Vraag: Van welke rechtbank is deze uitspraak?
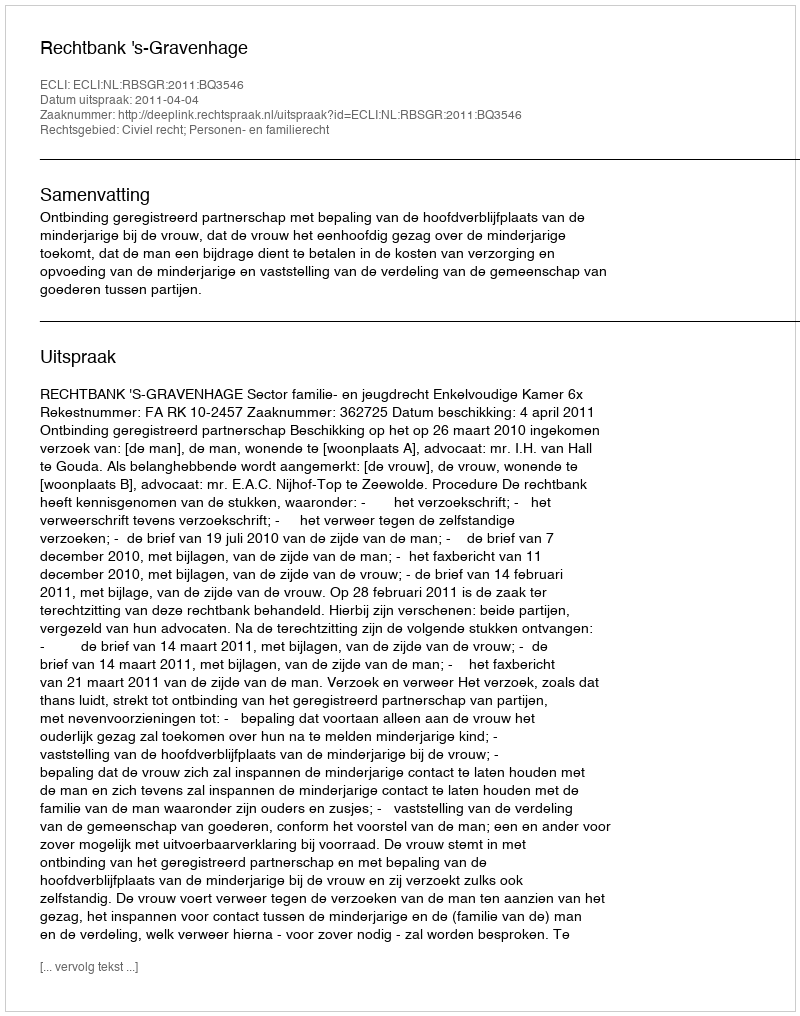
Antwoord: Rechtbank 's-Gravenhage